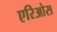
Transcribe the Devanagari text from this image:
एरिओस